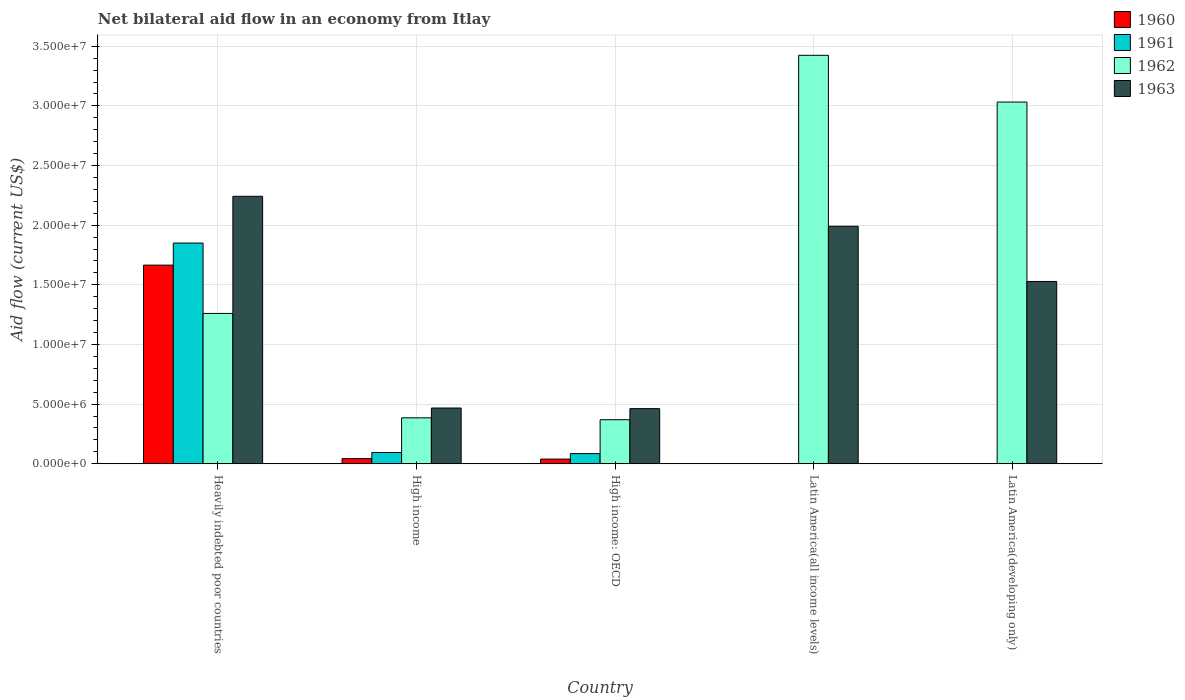
| Country | 1960 | 1961 | 1962 | 1963 |
 | --- | --- | --- | --- | --- |
 | Heavily indebted poor countries | 1.66e+07 | 1.85e+07 | 1.26e+07 | 2.24e+07 |
 | High income | 4.3e+05 | 9.4e+05 | 3.85e+06 | 4.67e+06 |
 | High income: OECD | 3.9e+05 | 8.5e+05 | 3.69e+06 | 4.62e+06 |
 | Latin America(all income levels) | -1.2e+06 | -4.8e+06 | 3.42e+07 | 1.99e+07 |
 | Latin America(developing only) | -1.54e+06 | -5.78e+06 | 3.03e+07 | 1.53e+07 |